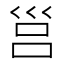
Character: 𡿷